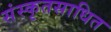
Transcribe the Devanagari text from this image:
संस्कृतसाधित